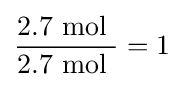
{\frac {2.7{\mbox{ mol }}}{2.7{\mbox{ mol }}}}=1